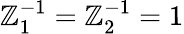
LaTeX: \mathbb{Z}_{1}^{-1}=\mathbb{Z}_{2}^{-1}=1